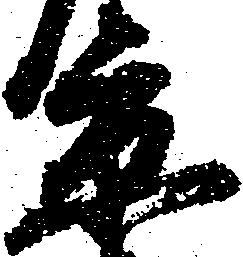
京